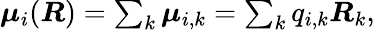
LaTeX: \begin{array}{r}{{\boldsymbol\mu}_{i}({\boldsymbol{R}})=\sum_{k}{\boldsymbol\mu}_{i,k}=\sum_{k}q_{i,k}\boldsymbol{R}_{k},}\end{array}